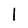
Character: l